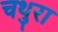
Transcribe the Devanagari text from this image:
चथुरा